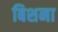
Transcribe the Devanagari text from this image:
बिशना